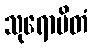
သုရောပိတံ